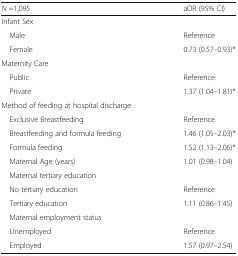
<table><thead><tr><td><b><i>N</i> =1,095</b></td><td><b>aOR (95% CI)</b></td></tr></thead><tbody><tr><td colspan="2">Infant Sex</td></tr><tr><td> Male</td><td>Reference</td></tr><tr><td> Female</td><td>0.73 (0.57–0.93)*</td></tr><tr><td colspan="2">Maternity Care</td></tr><tr><td> Public</td><td>Reference</td></tr><tr><td> Private</td><td>1.37 (1.04–1.81)*</td></tr><tr><td colspan="2">Method of feeding at hospital discharge</td></tr><tr><td> Exclusive Breastfeeding</td><td>Reference</td></tr><tr><td> Breastfeeding and formula feeding</td><td>1.46 (1.05–2.03)*</td></tr><tr><td> Formula feeding</td><td>1.52 (1.13–2.06)*</td></tr><tr><td> Maternal Age (years)</td><td>1.01 (0.98–1.04)</td></tr><tr><td colspan="2"> Maternal tertiary education</td></tr><tr><td> No tertiary education</td><td>Reference</td></tr><tr><td> Tertiary education</td><td>1.11 (0.86–1.45)</td></tr><tr><td colspan="2"> Maternal employment status</td></tr><tr><td> Unemployed</td><td>Reference</td></tr><tr><td> Employed</td><td>1.57 (0.97–2.54)</td></tr></tbody></table>